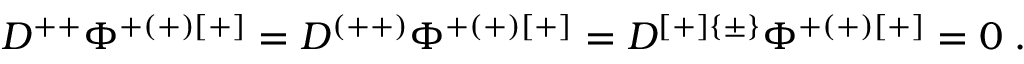
D ^ { + + } \Phi ^ { + ( + ) [ + ] } = D ^ { ( + + ) } \Phi ^ { + ( + ) [ + ] } = D ^ { [ + ] \{ \pm \} } \Phi ^ { + ( + ) [ + ] } = 0 \; .